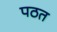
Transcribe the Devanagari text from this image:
पठत